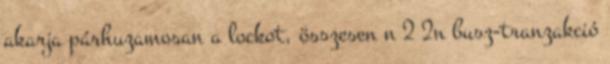
akarja párhuzamosan a lockot, összesen n 2 2n busz-tranzakció